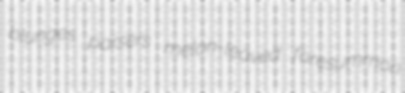
blunges parsers melon-leaved foresummon